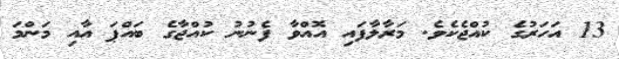
13 އަހަރުގެ ކުއްޖެކެވެ. މަރާލާފައި އޮއްވާ ފެނުނު ކުއްޖާގެ ބައްޕަ އާއި މަންމަ